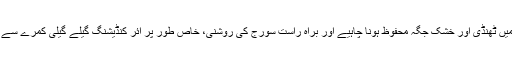
اخبار میں ٹھنڈی اور خشک جگہ محفوظ ہونا چاہیے اور براہ راست سورج کی روشنی، خاص طور پر ائر کنڈیشنگ گیلے گیلی کمرے سے بچیں ۔